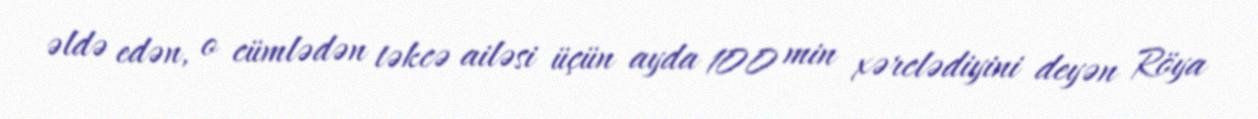
əldə edən, o cümlədən təkcə ailəsi üçün ayda 100 min xərclədiyini deyən Röya